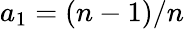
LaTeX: a_{1}=(n-1)/n